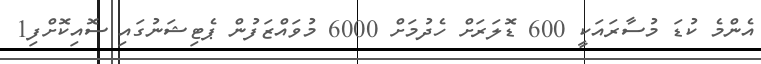
އެންމެ ކުޑަ މުސާރައަކީ 600 ޑޮލަރަށް ހެދުމަށް 6000 މުވައްޒަފުން ޕެޓިޝަނުގައި ސޮއިކޮށްފި1